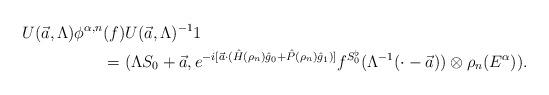
LaTeX: \begin{align*}U(\vec{a},\Lambda)\phi^{\alpha,n}&(f) U(\vec{a},\Lambda)^{-1}1 \\&=(\Lambda S_0 + \vec{a}, e^{-i[\vec{a} \cdot (\hat{H}(\rho_n)\hat{g}_0 + \hat{P}(\rho_n)\hat{g}_1)]}f^{S_0^\flat}(\Lambda^{-1}(\cdot-\vec{a}))\otimes \rho_n(E^\alpha)).\end{align*}